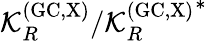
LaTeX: \mathcal{K}_{R}^{\mathrm{{(GC,X)}}}/{\mathcal{K}_{R}^{\mathrm{{(GC,X)}}}}^{*}